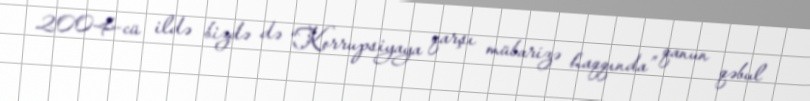
2004-cü ildə bizdə də “Korrupsiyaya qarşı mübarizə haqqında” qanun qəbul